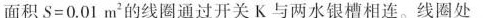
面积S=0.01m^{2} 的线圈通过开关K与两水银槽相连。线圈处